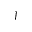
\boldsymbol J